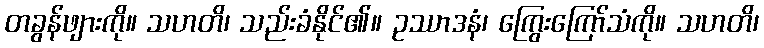
တခွန်ဖျားကို။ သဟတိ၊ သည်းခံနိုင်၏။ ဥဿာဒနံ၊ ကြွေးကြော်သံကို။ သဟတိ၊